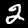
Digit: 2